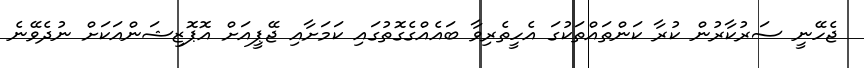
ޖެހޭނީ ސަރުކާރުން ކުރާ ކަންތައްތަކުގަ އެހީތެރިވާ ބައެއްގެގޮތުގައި ކަމަށާއި ޖޭޕީއަށް އޮޕޮޒިޝަންއަކަށް ނުދެވޭނެ